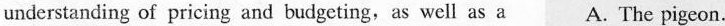
understanding of pricing and budgeting,as well as a A. The pigeon.